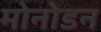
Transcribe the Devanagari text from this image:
मोनोडन